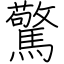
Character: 驚